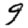
Digit: 9